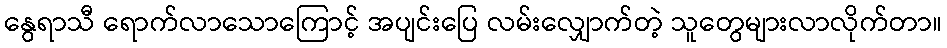
နွေရာသီ ရောက်လာသောကြောင့် အပျင်းပြေ လမ်းလျှောက်တဲ့ သူတွေများလာလိုက်တာ။